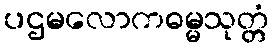
ပဌမလောကဓမ္မသုတ္တံ